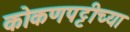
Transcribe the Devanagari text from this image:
कोकणपट्टीच्या